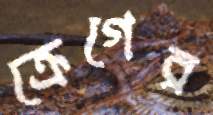
ক্রেগের